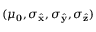
( \mu _ { \mathbf { 0 } } , \sigma _ { \hat { \mathbf { x } } } , \sigma _ { \hat { \mathbf { y } } } , \sigma _ { \hat { \mathbf { z } } } )